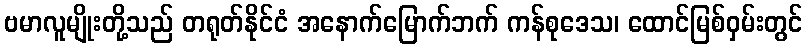
ဗမာလူမျိုးတို့သည် တရုတ်နိုင်ငံ အနောက်မြောက်ဘက် ကန်စုဒေသ၊ ထောင်မြစ်ဝှမ်းတွင်